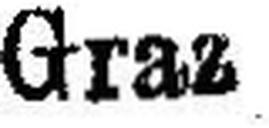
Graz